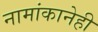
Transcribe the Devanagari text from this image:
नामांकानेही